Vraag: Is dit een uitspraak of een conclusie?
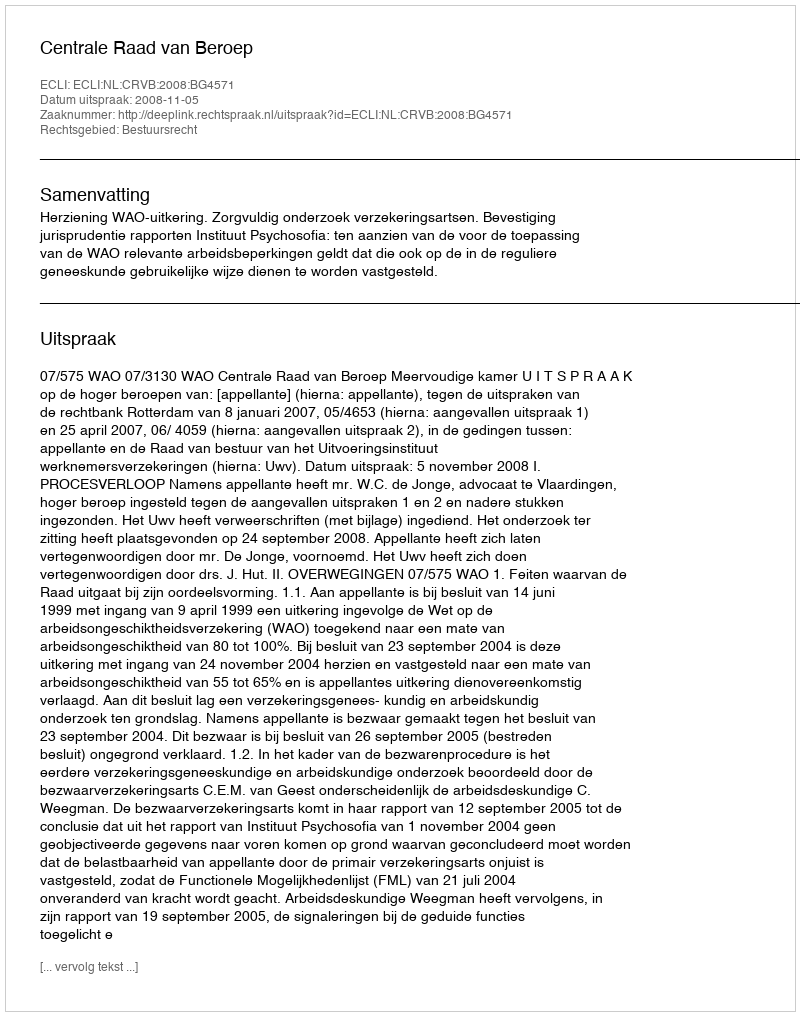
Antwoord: Uitspraak